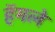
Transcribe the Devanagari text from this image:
हॅमले